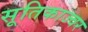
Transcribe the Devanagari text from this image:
सूतिकाज्वर